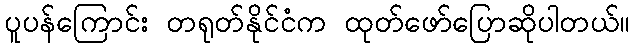
ပူပန်ကြောင်း တရုတ်နိုင်ငံက ထုတ်ဖော်ပြောဆိုပါတယ်။